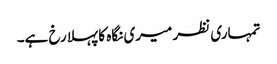
تمہاری نظر میری نگاہ کا پہلا رخ ہے۔